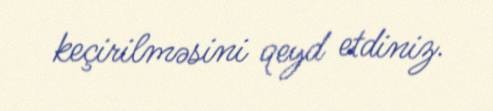
keçirilməsini qeyd etdiniz.